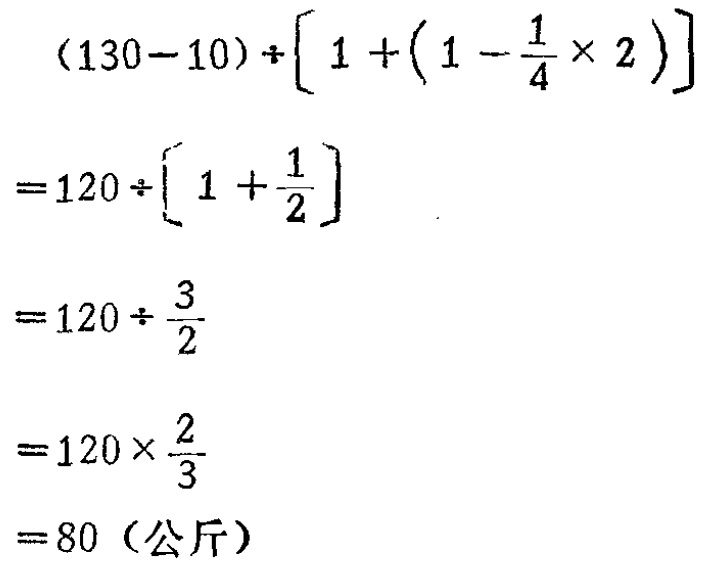
\[

\begin{align*}

&(130 - 10)\div\left[1+\left(1-\frac{1}{4}\times2\right)\right]\\

=&120\div\left[1+\frac{1}{2}\right]\\

=&120\div\frac{3}{2}\\

=&120\times\frac{2}{3}\\

=&80 \text{（公斤）}

\end{align*}

\]